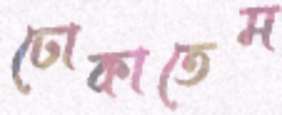
ঢোকাতেম